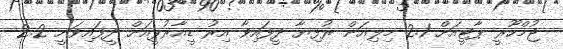
ޖުމްހޫރީ ޕާޓީއަށް 2.1 މިލިއަން ރުފިޔާ ދީފައިވާ އިރު ޑީއާރުޕީއަށް ދީފައިވަނީ 2.2